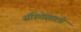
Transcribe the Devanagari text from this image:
संहितेखाली